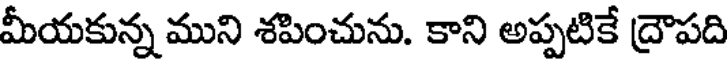
మీయకున్న ముని శపించును. కాని అప్పటికే ద్రౌపది